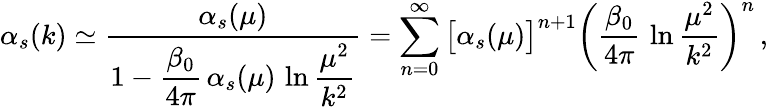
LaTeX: \alpha_{s}(k)\simeq{\frac{\alpha_{s}(\mu)}{\displaystyle 1-{\frac{\beta_{0}}{4\pi}}\, \alpha_{s}(\mu)\, \ln{\frac{\mu^{2}}{k^{2}}}}}=\sum_{n=0}^{\infty}\big[\alpha_{s}(\mu)\big]^{n+1}\bigg({\frac{\beta_{0}}{4\pi}}\, \ln{\frac{\mu^{2}}{k^{2}}}\bigg)^{n}\, ,